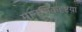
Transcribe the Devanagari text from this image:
मानसिकदृष्टय़ा